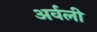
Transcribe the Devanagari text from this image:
अर्वली